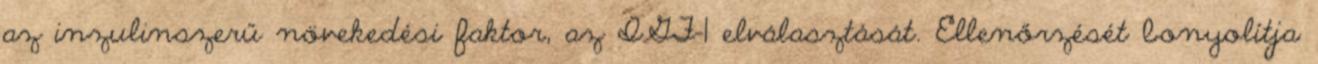
az inzulinszerű növekedési faktor, az IGF-1 elválasztását. Ellenőrzését bonyolítja